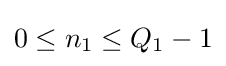
0\leq n_{1}\leq Q_{1}-1